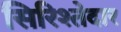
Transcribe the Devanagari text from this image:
सिरिश्तेदार